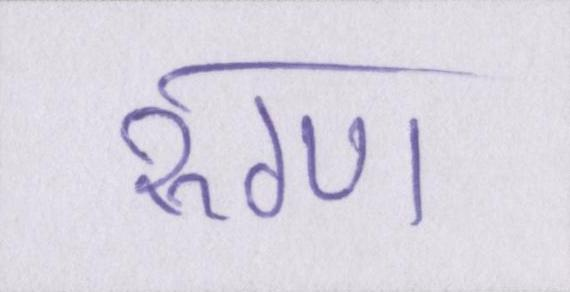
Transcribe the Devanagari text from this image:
रुग्ण